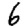
Digit: 6